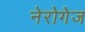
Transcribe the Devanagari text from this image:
नेरोगेज